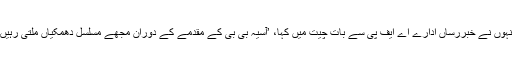
انہوں نے خبررساں ادارے اے ایف پی سے بات چیت میں کہا، ’آسیہ بی بی کے مقدمے کے دوران مجھے مسلسل دھمکیاں ملتی رہیں۔